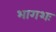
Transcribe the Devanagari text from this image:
भागशः